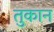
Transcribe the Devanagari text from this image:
तुकान